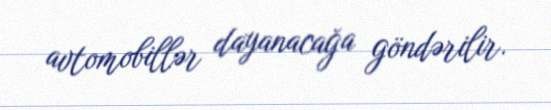
avtomobillər dayanacağa göndərilir.